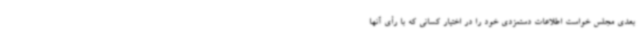
بعدی مجلس خواست اطلاعات دستمزدی خود را در اختیار کسانی که با رأی آنها